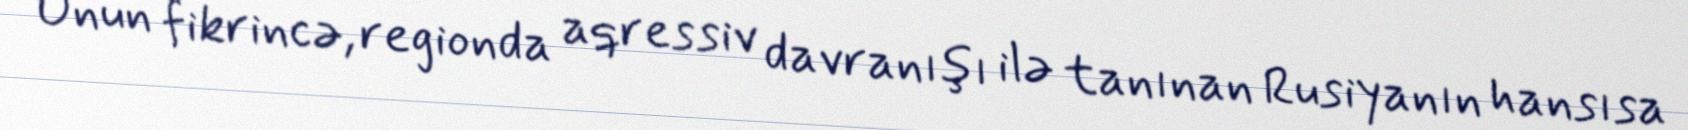
Onun fikrincə, regionda aqressiv davranışı ilə tanınan Rusiyanın hansısa